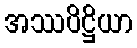
အဿပိဋ္ဌိယာ